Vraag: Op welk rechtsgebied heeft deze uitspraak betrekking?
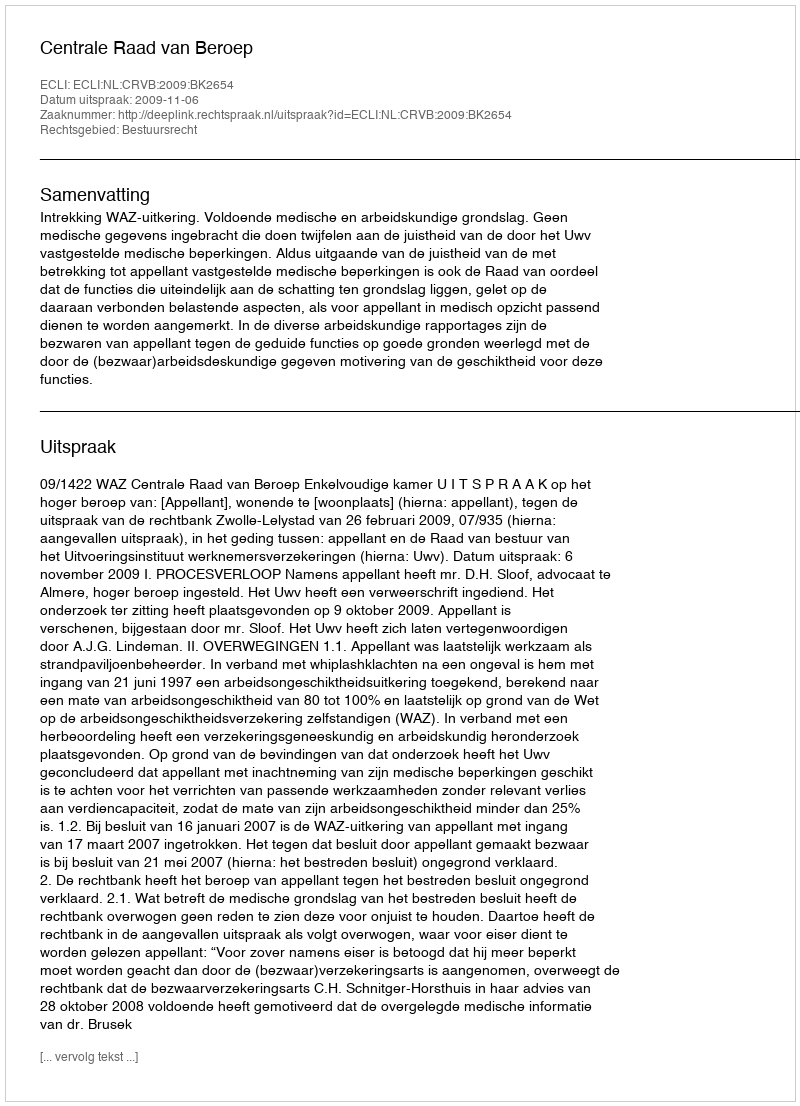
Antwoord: Bestuursrecht